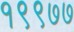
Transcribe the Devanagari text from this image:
१९९७७